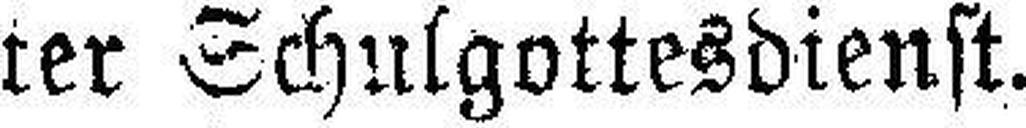
ter Schulgottesdienst.